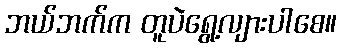
ဘယ်ဘက်က တူပဲရွေ့လျားပါစေ။